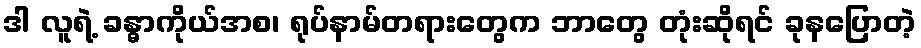
ဒါ လူရဲ့ ခန္ဓာကိုယ်အစ၊ ရုပ်နာမ်တရားတွေက ဘာတွေ တုံးဆိုရင် ခုနပြောတဲ့